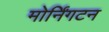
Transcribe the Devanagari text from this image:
मोर्निंगटन